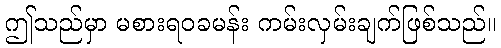
ဤသည်မှာ မစားရဝခမန်း ကမ်းလှမ်းချက်ဖြစ်သည်။